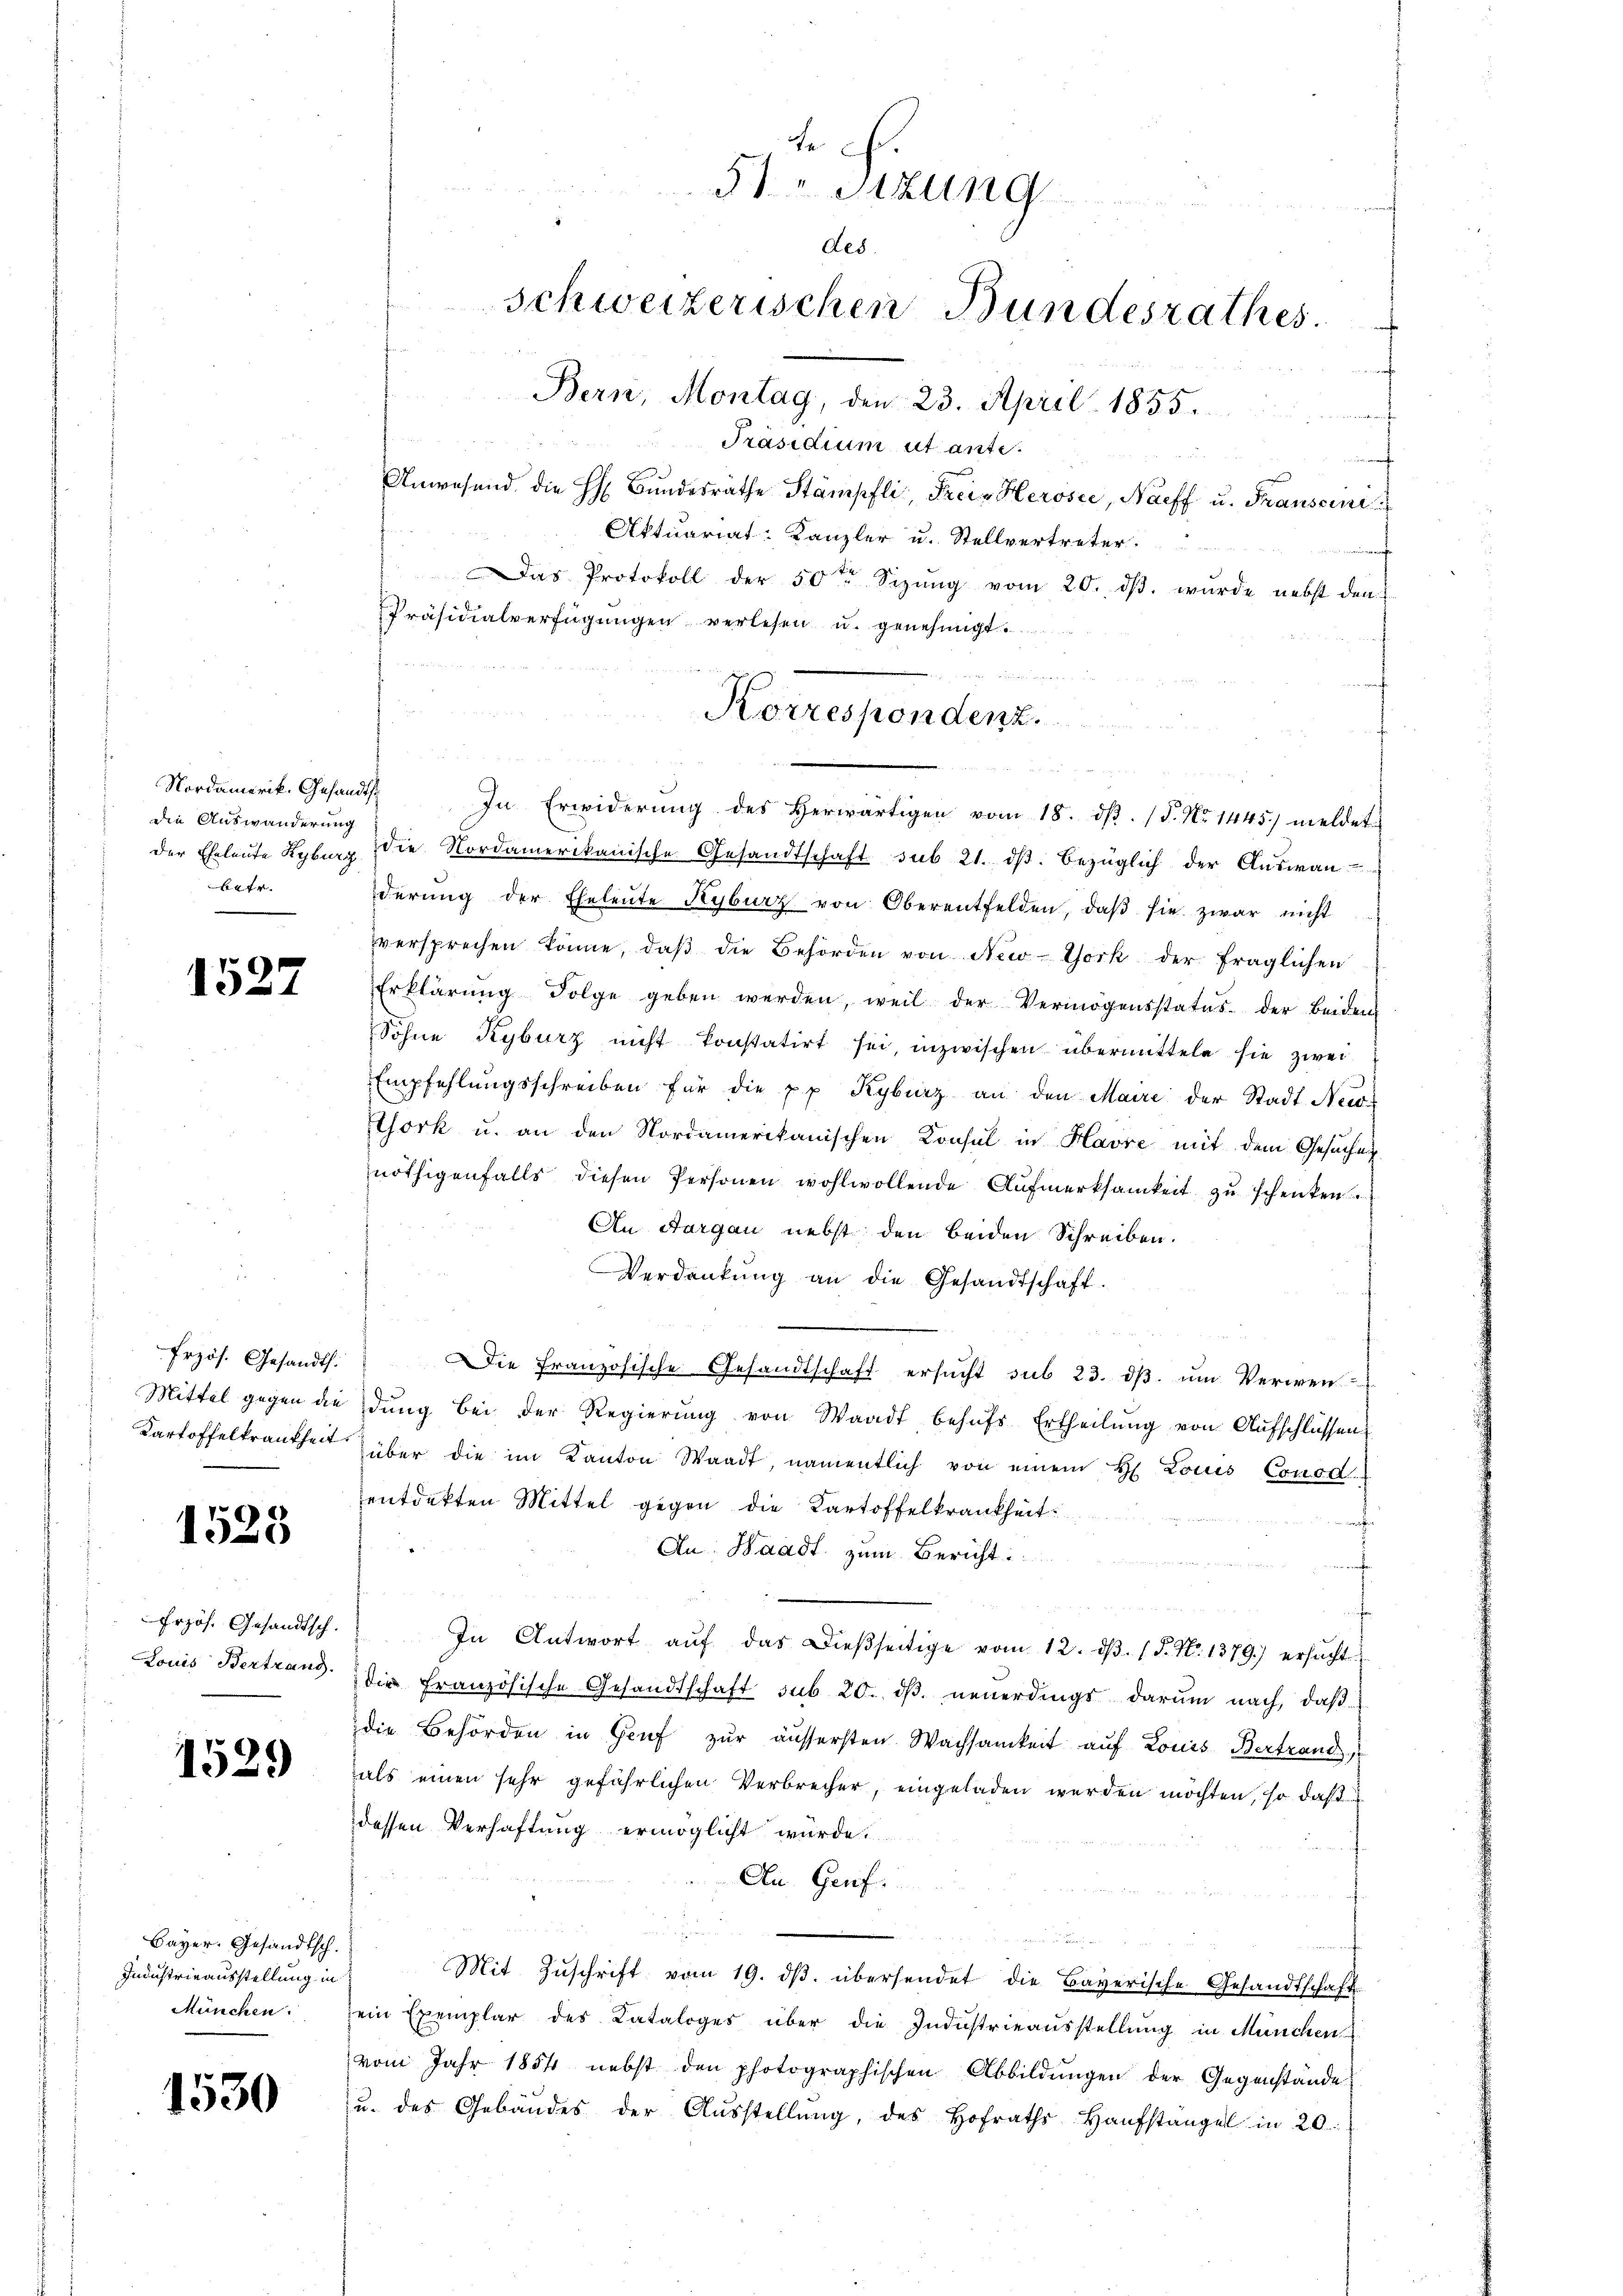
Nordamerik. Gesandts
die Auswanderung
betr.

1527

Erzös. Gesandt.
Mittel gegen die
Kartoffelkrankheit

1528

Frzös. Gesandtsch.
Louis Bertrang.

1529

Bayer. Gesandtsch.
Industrieausstellung in
München.

1530

f
Präsidium ut ante.
 8
Anwesend die H: Bundesräthe Stämpfli, Frei-Herose, Naff u. Franscinis
Aktuariat Kanzler u. Stellvertreter
Das Protokoll der 50te Sizŭng vom 20. dβ. wurde nebst den
Präsidialverfügungen verlesen u. genehmigt.
In Erwiderung des herwärtigen vom 18. dβ. (T. No 1445. meldet
der Eheleute Kyburg die Nordamerikanische Gesandtschaft sub 21. dβ. bezüglich der Aŭswan-
derŭng der Eheleŭte Kyburz von Oberentfelden, daβ sie zwar nicht
versprechen könne, daβ die Behörden von New-York der fraglichen
Erklärŭng folge geben werden, weil der Vermögensstatus der beiden
Sohne Kyburz nicht konstatirt sei, inzwischen übermitteln sie zwei
Empfehlŭngsschreiben für die pp Kyburz an den Maire der Stadt New-
Chork u. an den Nordamerikanischen Konsul in Havre mit dem Gesuchen
nöthigenfalls diesen Personen wohlwollende Aufmerksamkeit zu schenken
An Aargau nebst den beiden Schreiben.
Verdankŭng an die Gesandtschaft.
Die Französische Gesandtschaft ersucht sub 23. dβ. um Verwen
dŭng bei der Regierŭng von Waadt behŭfs Ertheilŭng von Aŭfschlüssen
über die im Kanton Waadt, namentlich von einem H. Louis Conod.
entdekten Mittel gegen die Kartoffelkrankheit
.
An Waadt zum Bericht:
In Antwort aŭf das dießseitige vom 12. dβ. 1 S. Nr. 1379) ersŭcht
die Französische Gesandtschaft sub 20. dβ neuerdings darum nach, daß
die Behörden in Genf zur äussersten Wachsamkeit auf Louis Bertrand
als einen sehr gefährlichen Verbrecher, eingeladen werden möchten, so daß
dessen Verhaftung ermöglicht würde.
An Genf.
Mit Zŭschrift vom 19. dβ. übersendet die Bayerische Gesandtschaft
sein Exemplar des Cataloges über die Industrieausstellung in München
vom Jahr 1854 nebst den photographischen Abbildŭngen der Gegenstande
u. des Gebäŭdes der Aŭsstellŭng, des Hofraths Haŭfstangel in 20.

Fe
e
5te Sitzung
des.
schweizerischen Bundesrathes.
Bern, Montag, den 23. April 1855.

ee der
Korrespondenz.